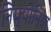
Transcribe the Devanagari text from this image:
निप्पोनिया